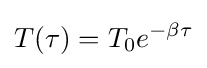
T(\tau )=T_{0}e^{-\beta \tau }